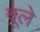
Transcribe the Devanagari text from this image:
बूले